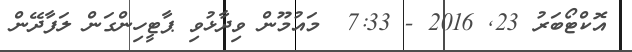
އޮކްޓޯބަރު 23